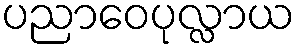
ပညာဝေပုလ္လာယ